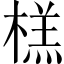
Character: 榚